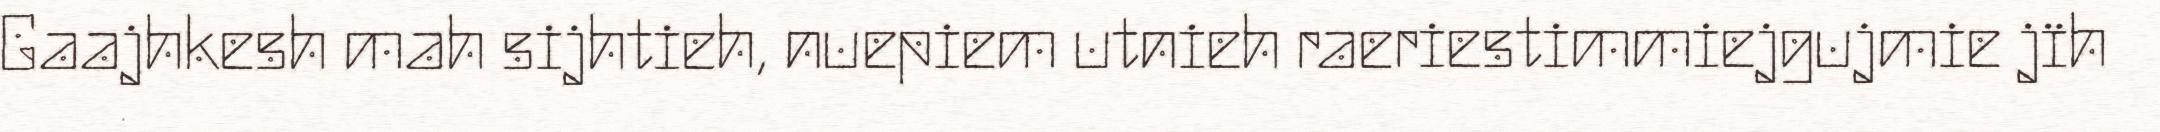
Gaajhkesh mah sijhtieh, nuepiem utnieh raeriestimmiejgujmie jïh